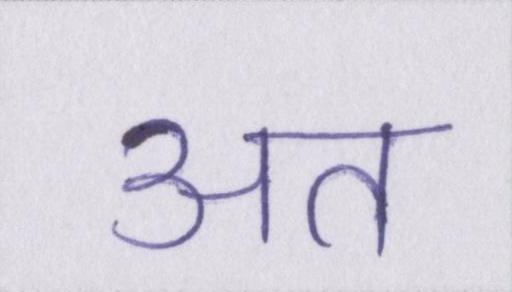
अत